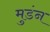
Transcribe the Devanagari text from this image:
मुडंन